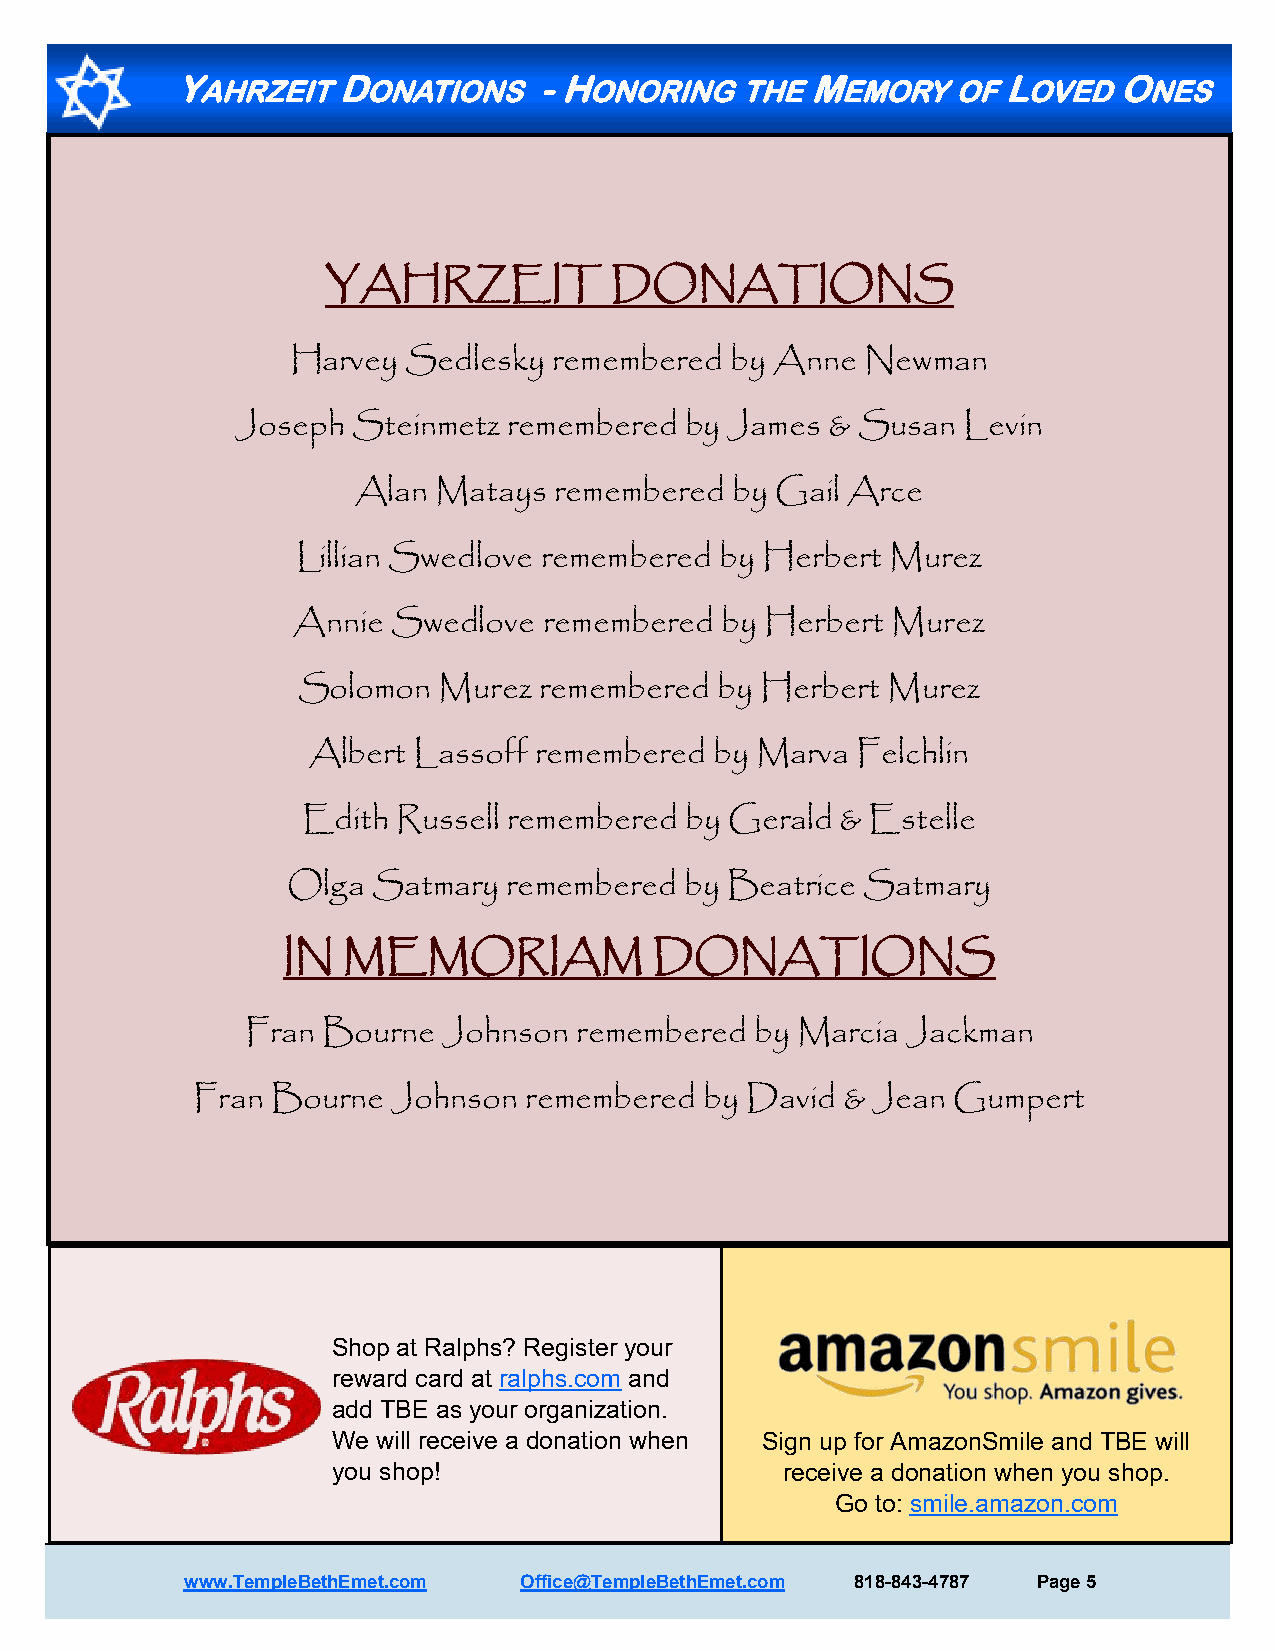
YAHRZEIT  DONATIONS     - HONORING   THE  MEMORY   OF LOVED   ONES
 YAHRZEIT          DONATIONS
 Harvey  Sedlesky  remembered by Anne  Newman
 Joseph Steinmetz  remembered by James  & Susan  Levin
 Alan Matays  remembered by Gail Arce
 Lillian Swedlove remembered by Herbert Murez
 Annie  Swedlove  remembered  by Herbert Murez
 Solomon  Murez  remembered by Herbert  Murez
 Albert Lassoff remembered  by Marva  Felchlin
 Edith Russell remembered by Gerald  & Estelle
 Olga  Satmary  remembered by Beatrice Satmary
 IN  MEMORIAM            DONATIONS
 Fran Bourne  Johnson  remembered  by Marcia Jackman
 Fran Bourne  Johnson  remembered  by David & Jean Gumpert
 Shop at Ralphs? Register your
 reward card at ralphs.com and
 add TBE as your organization.
 We will receive a donation when Sign up for AmazonSmile and TBE will
 you shop!                     receive a donation when you shop.
 Go to: smile.amazon.com
 www.TempleBethEmet.com Office@TempleBethEmet.com 818-843-4787 Page 5